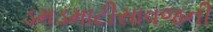
ડમડમાટીસાવજની